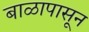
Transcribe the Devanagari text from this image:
बाळापासून